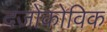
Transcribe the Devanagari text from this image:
दजोकोविक